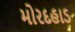
મોરદહાડ